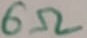
Text: 6Ω